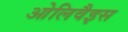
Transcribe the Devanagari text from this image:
ओलिवैइस